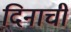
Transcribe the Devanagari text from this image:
दिनाची